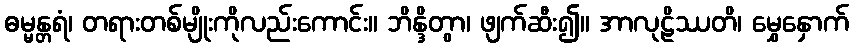
ဓမ္မန္တရံ၊ တရားတစ်မျိုးကိုလည်းကောင်း။ ဘိန္ဒိတွာ၊ ဖျက်ဆီး၍။ အာလုဠိဿတိ၊ မွှေနှောက်